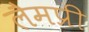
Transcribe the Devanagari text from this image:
लैमप्री